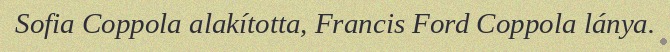
Sofia Coppola alakította, Francis Ford Coppola lánya.